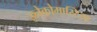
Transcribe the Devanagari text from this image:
ज्ञ्नेकोमास्टिया